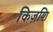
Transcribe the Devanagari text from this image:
किज़शि